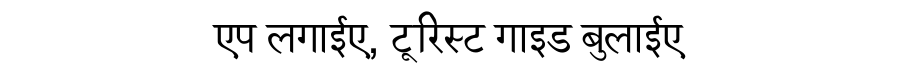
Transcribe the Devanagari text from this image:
एप लगाईए, टूरिस्ट गाइड बुलाईए